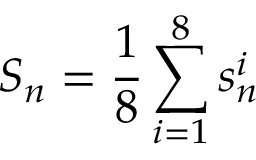
S _ { n } = \frac { 1 } { 8 } \sum _ { i = 1 } ^ { 8 } s _ { n } ^ { i }